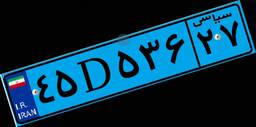
۴۵D۵۳۶۲۷